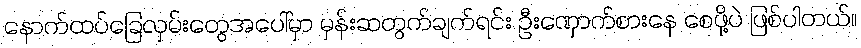
နောက်ထပ်ခြေလှမ်းတွေအပေါ်မှာ မှန်းဆတွက်ချက်ရင်း ဦးဏှောက်စားနေ စေဖို့ပဲ ဖြစ်ပါတယ်။